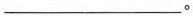
___。